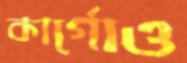
কার্গোও